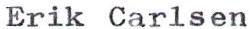
Erik Carlsen